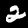
Label: 2